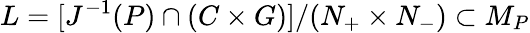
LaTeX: L=[J^{-1}(P)\cap(C\times G)]/(N_{+}\times N_{-})\subset M_{P}